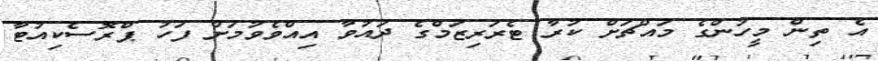
އެ ތިން މީހުންގެ މައްޗަށް ކުރާ ޓެރަރިޒަމްގެ ދައުވާ އިއްވެވުމަށް ފަހު ޕްރޮސެކިއުޓާ